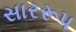
સારરૂપ